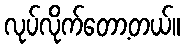
လုပ်လိုက်တော့တယ်။